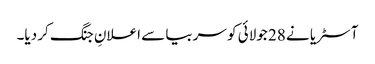
آسٹریا نے 28 جولائی کو سربیا سے اعلانِ جنگ کر دیا۔